Materia medica of Madras volume I
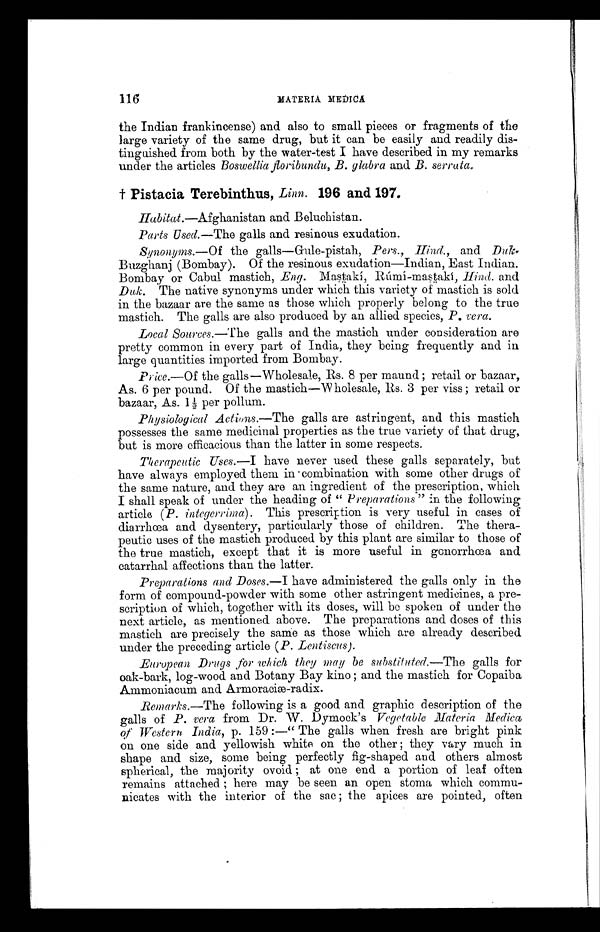
116
MATERIA MEDICA
the Indian frankincense) and also to small pieces or fragments of the
large variety of the same drug, but it can be easily and readily dis-
tinguished from both by the water-test I have described in my remarks
under the articles Boswellia floribundu, B. glabra and B. serrata.
† Pi st aci a Terebi nt hus, Li nn. 196 and 197.
H abitat.—Afghanistan and Beluchistan.
Parts Used.—The galls and resinous exudation.
Synonyms.—Of the galls—Gule-pistah, Pers., Hind., and Du
k
Buzghanj (Bombay). Of the resinous exudation—Indian, East Indian.
Bombay or Cabul mastich, Eng. Mastakí, Rúmí-mastakí, Hind. and
Duk. The native synonyms under which this variety of mastich is sold
in the bazaar are the same as those which properly belong to the true
mastich. The galls are also produced by an allied species, P. vera.
Local Sources.—The galls and the mastich under consideration are
pretty common in every part of India, they being frequently and in
large quantities imported from Bombay.
Price.—Of the galls—Wholesale, Rs. 8 per maund ; retail or bazaar,
As. 6 per pound. Of the mastich—Wholesale, Rs. 3 per viss ; retail or
bazaar, As. 1½ per pollum.
Physiological Actions.—The galls are astringent, and this mastich
possesses the same medicinal properties as the true variety of that drug
,
but is more efficacious than the latter in some respects.
Therapeutic Uses.—I have never used these galls separately, but
have always employed them in combination with some other drugs of
the same nature, and they are an ingredient of the prescription, which
I shall speak of under the heading of " Preparations" in the following
article ( P. integerrima ). This prescription is very useful in cases of
diarrhœa and dysentery, particularly those of children. The thera- -
peutic uses of the mastich produced by this plant are similar to those of
the true mastich, except that it is more useful in gonorrhœa and
catarrhal affections than the latter.
Preparations and Doses. —I have administered the galls only in the
form of compound-powder with some other astringent medicines, a pre
-
scription of which, together with its doses, will be spoken of under the
next article, as mentioned above. The preparations and doses of this
mastich are precisely the same as those which are already described
under the preceding article ( P. Lentiscus ).
European Drugs for which they may be substituted. —The galls for
oak-bark, log-wood and Botany Bay kino ; and the mastich for Copaiba
Ammoniacum and Armoraciæ-radix.
Remarks.—The following is a good and graphic description of the
galls of P. vera from Dr. W. Dymock's Vegetable Materia
Medica
of Western India, p. 159 :—"The galls when fresh are bright pink
on one side and yellowish white on the other ; they vary much in
shape and size, some being perfectly fig-shaped and others almost
spherical, the majority ovoid ; at one end a portion of leaf often
remains attached ; here may be seen an open stoma which commu--
nicates with the interior of the sac ; the apices are pointed, often